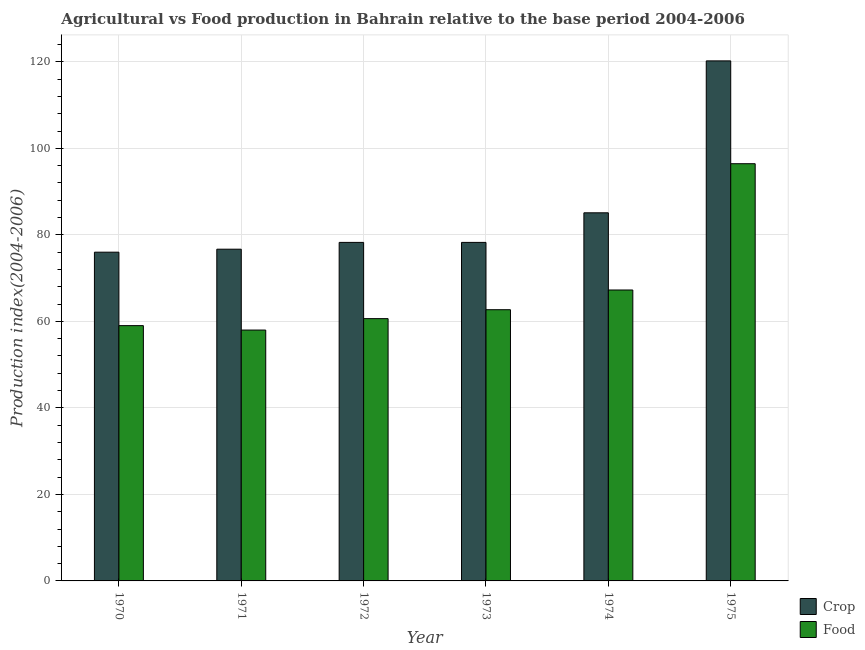
| Year | Crop | Food |
 | --- | --- | --- |
 | 1970 | 76 | 59 |
 | 1971 | 76.7 | 58 |
 | 1972 | 78.2 | 60.6 |
 | 1973 | 78.2 | 62.7 |
 | 1974 | 85.1 | 67.2 |
 | 1975 | 120 | 96.4 |